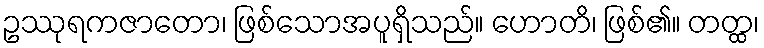
ဥဿုရကဇာတော၊ ဖြစ်သောအပူရှိသည်။ ဟောတိ၊ ဖြစ်၏။ တတ္ထ၊